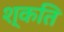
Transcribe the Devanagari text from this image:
श्कति